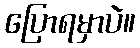
ပြောရမှာပဲ။